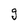
Character: g